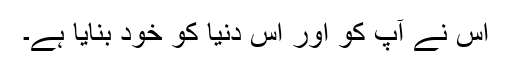
اس نے آپ کو اور اس دنیا کو خود بنایا ہے۔